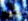
يشير